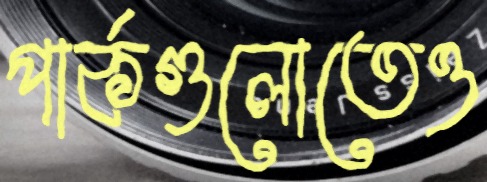
পার্কগুলোতেও